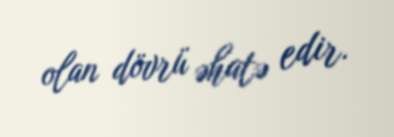
olan dövrü əhatə edir.